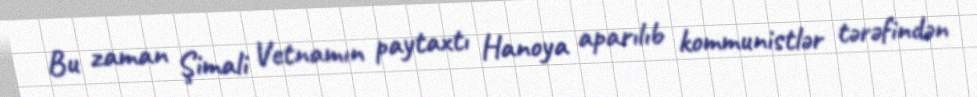
Bu zaman Şimali Vetnamın paytaxtı Hanoya aparılıb kommunistlər tərəfindən